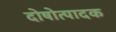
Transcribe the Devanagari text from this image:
दोषोत्पादक